Report on vaccination North-West Frontier Province 1904-1922 - 1904-1922
Year: 1904
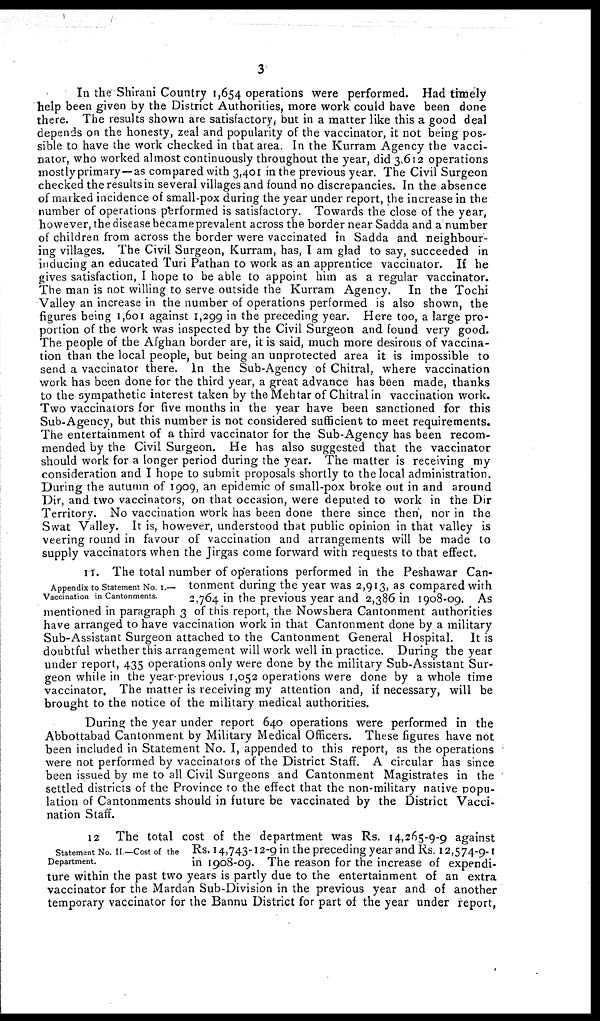
3
In the Shirani Country 1,654 operations were performed. Had timely
help been given by the District Authorities, more work could have been done
there. The results shown are satisfactory, but in a matter like this a good deal
depends on the honesty, zeal and popularity of the vaccinator, it not being pos-
sible to have the work checked in that area. In the Kurram Agency the vacci-
nator, who worked almost continuously throughout the year, did 3,612 operations
mostlyprimary—as compared with 3,401 in the previous year. The Civil Surgeon
checked the results in several villages and found no discrepancies. In the absence
of marked incidence of small-pox during the year under report, the increase in the
number of operations performed is satisfactory. Towards the close of the year,
however, the disease became prevalent across the border near Sadda and a number
of children from across the border were vaccinated in Sadda and neighbour-
ing villages. The Civil Surgeon, Kurram, has, I am glad to say, succeeded in
inducing an educated Turi Pathan to work as an apprentice vaccinator. If he
gives satisfaction, I hope to be able to appoint him as a regular vaccinator.
The man is not willing to serve outside the Kurram Agency. In the Tochi
Valley an increase in the number of operations performed is also shown, the
figures being 1,601 against 1,299 in the preceding year. Here too, a large pro-
portion of the work was inspected by the Civil Surgeon and found very good.
The people of the Afghan border are, it is said, much more desirous of vaccina-
tion than the local people, but being an unprotected area it is impossible to
send a vaccinator there. In the Sub-Agency of Chitral, where vaccination
work has been done for the third year, a great advance has been made, thanks
to the sympathetic interest taken by the Mehtar of Chitral in vaccination work.
Two vaccinators for five months in the year have been sanctioned for this
Sub-Agency, but this number is not considered sufficient to meet requirements.
The entertainment of a third vaccinator for the Sub-Agency has been recom-
mended by the Civil Surgeon. He has also suggested that the vaccinator
should work for a longer period during the year. The matter is receiving my
consideration and I hope to submit proposals shortly to the local administration.
During the autumn of 1909, an epidemic of small-pox broke out in and around
Dir, and two vaccinators, on that occasion, were deputed to work in the Dir
Territory. No vaccination work has been done there since then, nor in the
Swat Valley. It is, however, understood that public opinion in that valley is
veering round in favour of vaccination and arrangements will be made to
supply vaccinators when the Jirgas come forward with requests to that effect.
Appendix to Statement No. I.—
Vaccination in Cantonments.
11. The total number of operations performed in the Peshawar Can-
tonment during the year was 2,913, as compared with
2,764 in the previous year and 2,386 in 1908-09. As
mentioned in paragraph 3 of this report, the Nowshera Cantonment authorities
have arranged to have vaccination work in that Cantonment done by a military
Sub-Assistant Surgeon attached to the Cantonment General Hospital. It is
doubtful whether this arrangement will work well in practice. During the year
under report, 435 operations only were done by the military Sub-Assistant Sur-
geon while in the year-previous 1,052 operations were done by a whole time
vaccinator. The matter is receiving my attention and, if necessary, will be
brought to the notice of the military medical authorities.
During the year under report 640 operations were performed in the
Abbottabad Cantonment by Military Medical Officers. These figures have not
been included in Statement No. I, appended to this report, as the operations
were not performed by vaccinators of the District Staff. A circular has since
been issued by me to all Civil Surgeons and Cantonment Magistrates in the
settled districts of the Province to the effect that the non-military native popu-
lation of Cantonments should in future be vaccinated by the District Vacci-
nation Staff.
Statement No. II.—Cost of the
Department.
12 The total cost of the department was Rs. 14,265-9-9 against
Rs. 14,743-12-9 in the preceding year and Rs. 12,574-9-1
in 1908-09. The reason for the increase of expendi-
ture within the past two years is partly due to the entertainment of an extra
vaccinator for the Mardan Sub-Division in the previous year and of another
temporary vaccinator for the Bannu District for part of the year under report,